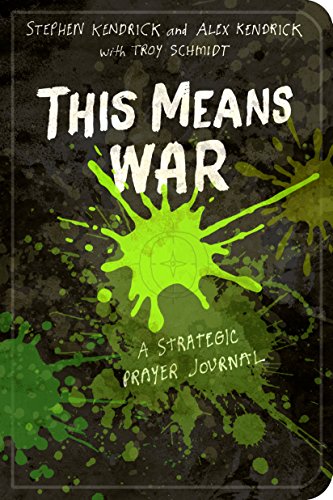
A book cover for This Means War: A Strategic Prayer Journal; Stephen Kendrick; Christian Books & Bibles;